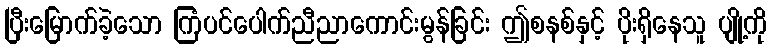
ပြီးမြောက်ခဲ့သော ကြံပင်ပေါက်ညီညာကောင်းမွန်ခြင်း ဤစနစ်နှင့် ပိုးရှိနေသူ ပျို့ကို